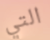
التي